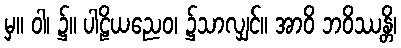
မှ။ ဝါ၊ ၌။ ပါဠိယညေဝ၊ ၌သာလျှင်။ အာဝိ ဘဝိဿန္တိ၊